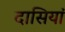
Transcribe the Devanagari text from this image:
दासियां